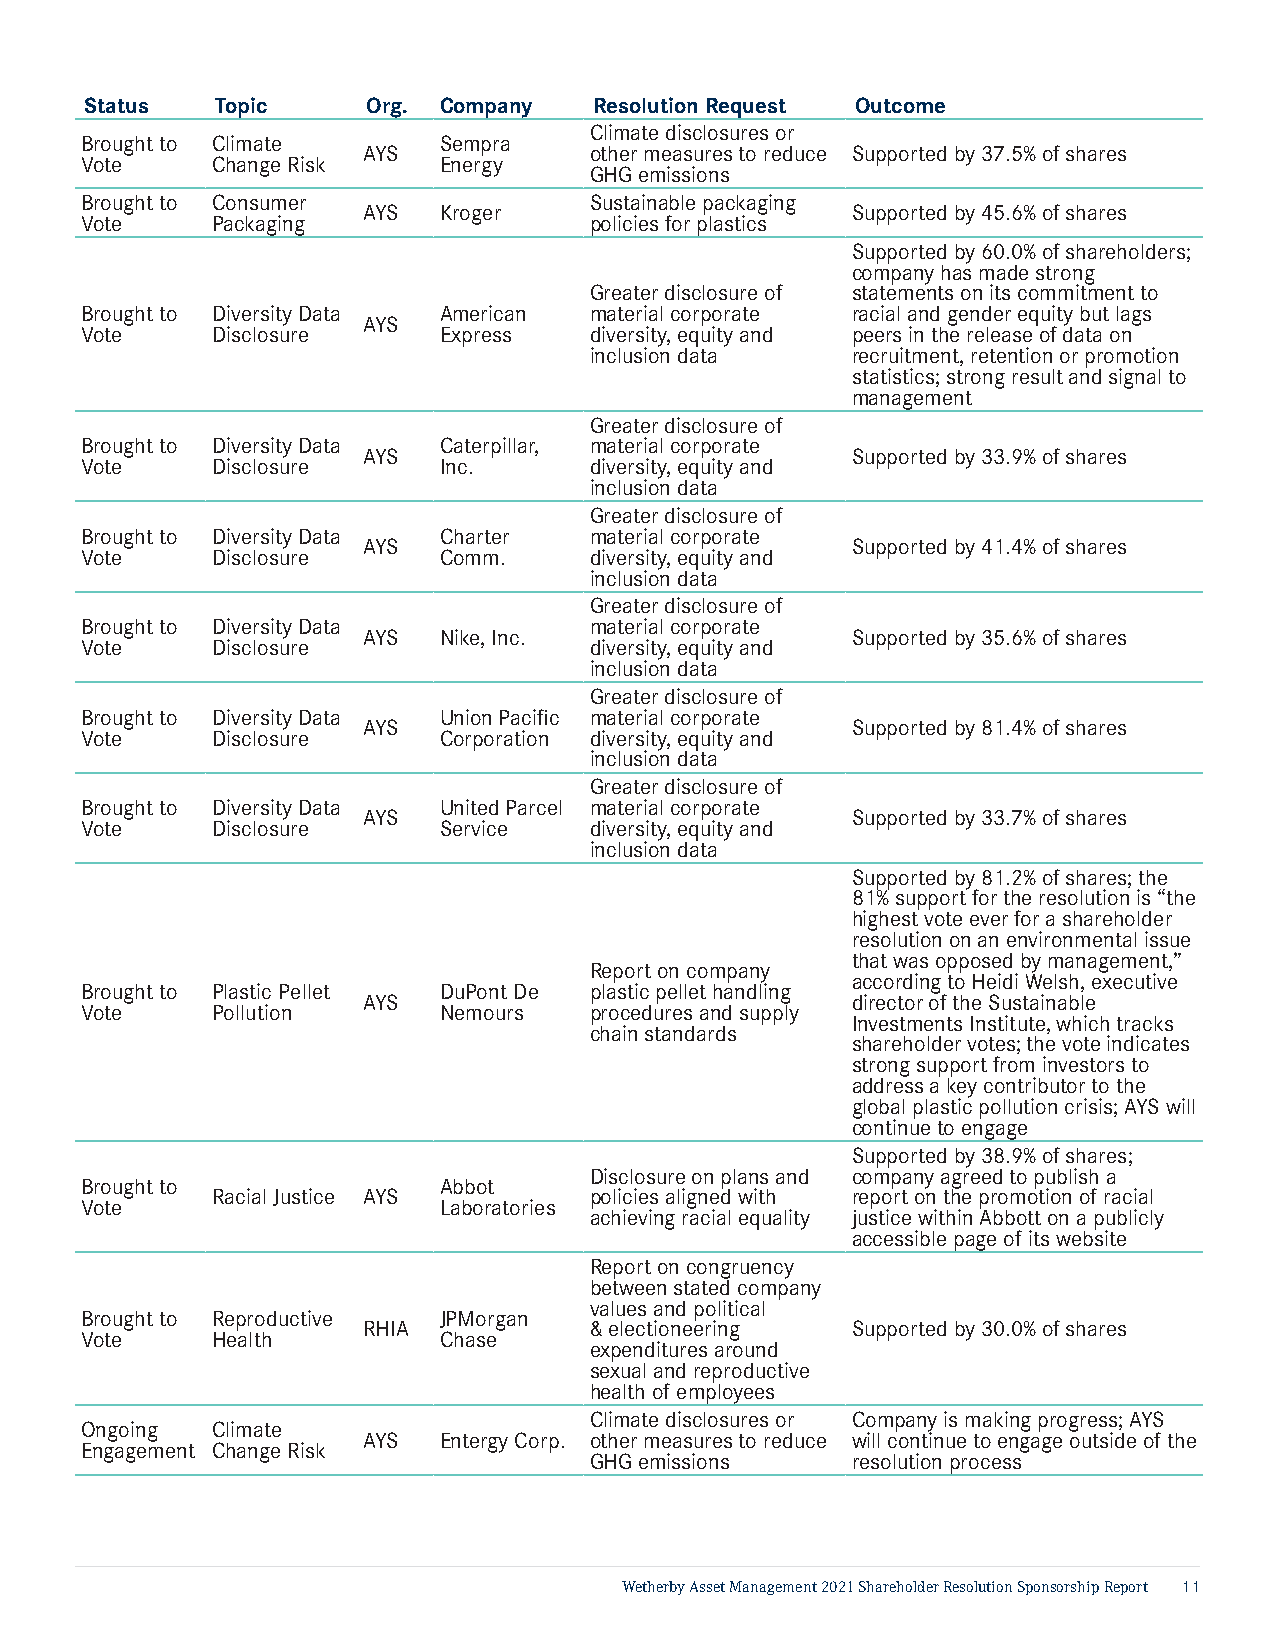
Status  Topic     Org. Company   Resolution Request Outcome
 Climate disclosures or
 Brought to Climate      Sempra
 AYS            other measures to reduce Supported by 37.5% of shares
 Vote     Change Risk    Energy
 GHG emissions
 Brought to Consumer               Sustainable packaging
 AYS  Kroger                     Supported by 45.6% of shares
 Vote     Packaging                policies for plastics
 Supported by 60.0% of shareholders;
 company has made strong
 Greater disclosure of statements on its commitment to
 Brought to Diversity Data American material corporate racial and gender equity but lags
 AYS
 Vote     Disclosure     Express   diversity, equity and peers in the release of data on
 inclusion data   recruitment, retention or promotion
 statistics; strong result and signal to
 management
 Greater disclosure of
 Brought to Diversity Data Caterpillar, material corporate
 AYS                             Supported by 33.9% of shares
 Vote     Disclosure     Inc.      diversity, equity and
 inclusion data
 Greater disclosure of
 Brought to Diversity Data Charter material corporate
 AYS                             Supported by 41.4% of shares
 Vote     Disclosure     Comm.     diversity, equity and
 inclusion data
 Greater disclosure of
 Brought to Diversity Data         material corporate
 AYS  Nike, Inc.                 Supported by 35.6% of shares
 Vote     Disclosure               diversity, equity and
 inclusion data
 Greater disclosure of
 Brought to Diversity Data Union Pacific material corporate
 AYS                             Supported by 81.4% of shares
 Vote     Disclosure     Corporation diversity, equity and
 inclusion data
 Greater disclosure of
 Brought to Diversity Data United Parcel material corporate
 AYS                             Supported by 33.7% of shares
 Vote     Disclosure     Service   diversity, equity and
 inclusion data
 Supported by 81.2% of shares; the
 81% support for the resolution is “the
 highest vote ever for a shareholder
 resolution on an environmental issue
 that was opposed by management,”
 Report on company
 according to Heidi Welsh, executive
 Brought to Plastic Pellet DuPont De plastic pellet handling
 AYS                             director of the Sustainable
 Vote     Pollution      Nemours   procedures and supply
 Investments Institute, which tracks
 chain standards
 shareholder votes; the vote indicates
 strong support from investors to
 address a key contributor to the
 global plastic pollution crisis; AYS will
 continue to engage
 Supported by 38.9% of shares;
 Disclosure on plans and company agreed to publish a
 Brought to              Abbot
 Racial Justice AYS       policies aligned with report on the promotion of racial
 Vote                    Laboratories
 achieving racial equality justice within Abbott on a publicly
 accessible page of its website
 Report on congruency
 between stated company
 values and political
 Brought to Reproductive JPMorgan
 RHIA           & electioneering Supported by 30.0% of shares
 Vote     Health         Chase
 expenditures around
 sexual and reproductive
 health of employees
 Climate disclosures or Company is making progress; AYS
 Ongoing  Climate
 AYS  Entergy Corp. other measures to reduce will continue to engage outside of the
 Engagement Change Risk
 GHG emissions    resolution process
 Wetherby Asset Management 2021 Shareholder Resolution Sponsorship Report 11